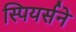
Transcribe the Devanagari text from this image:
स्पियर्सने